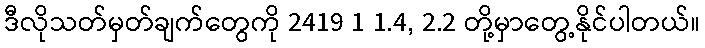
ဒီလိုသတ်မှတ်ချက်တွေကို 2419 1 1.4, 2.2 တို့မှာတွေ့နိုင်ပါတယ်။